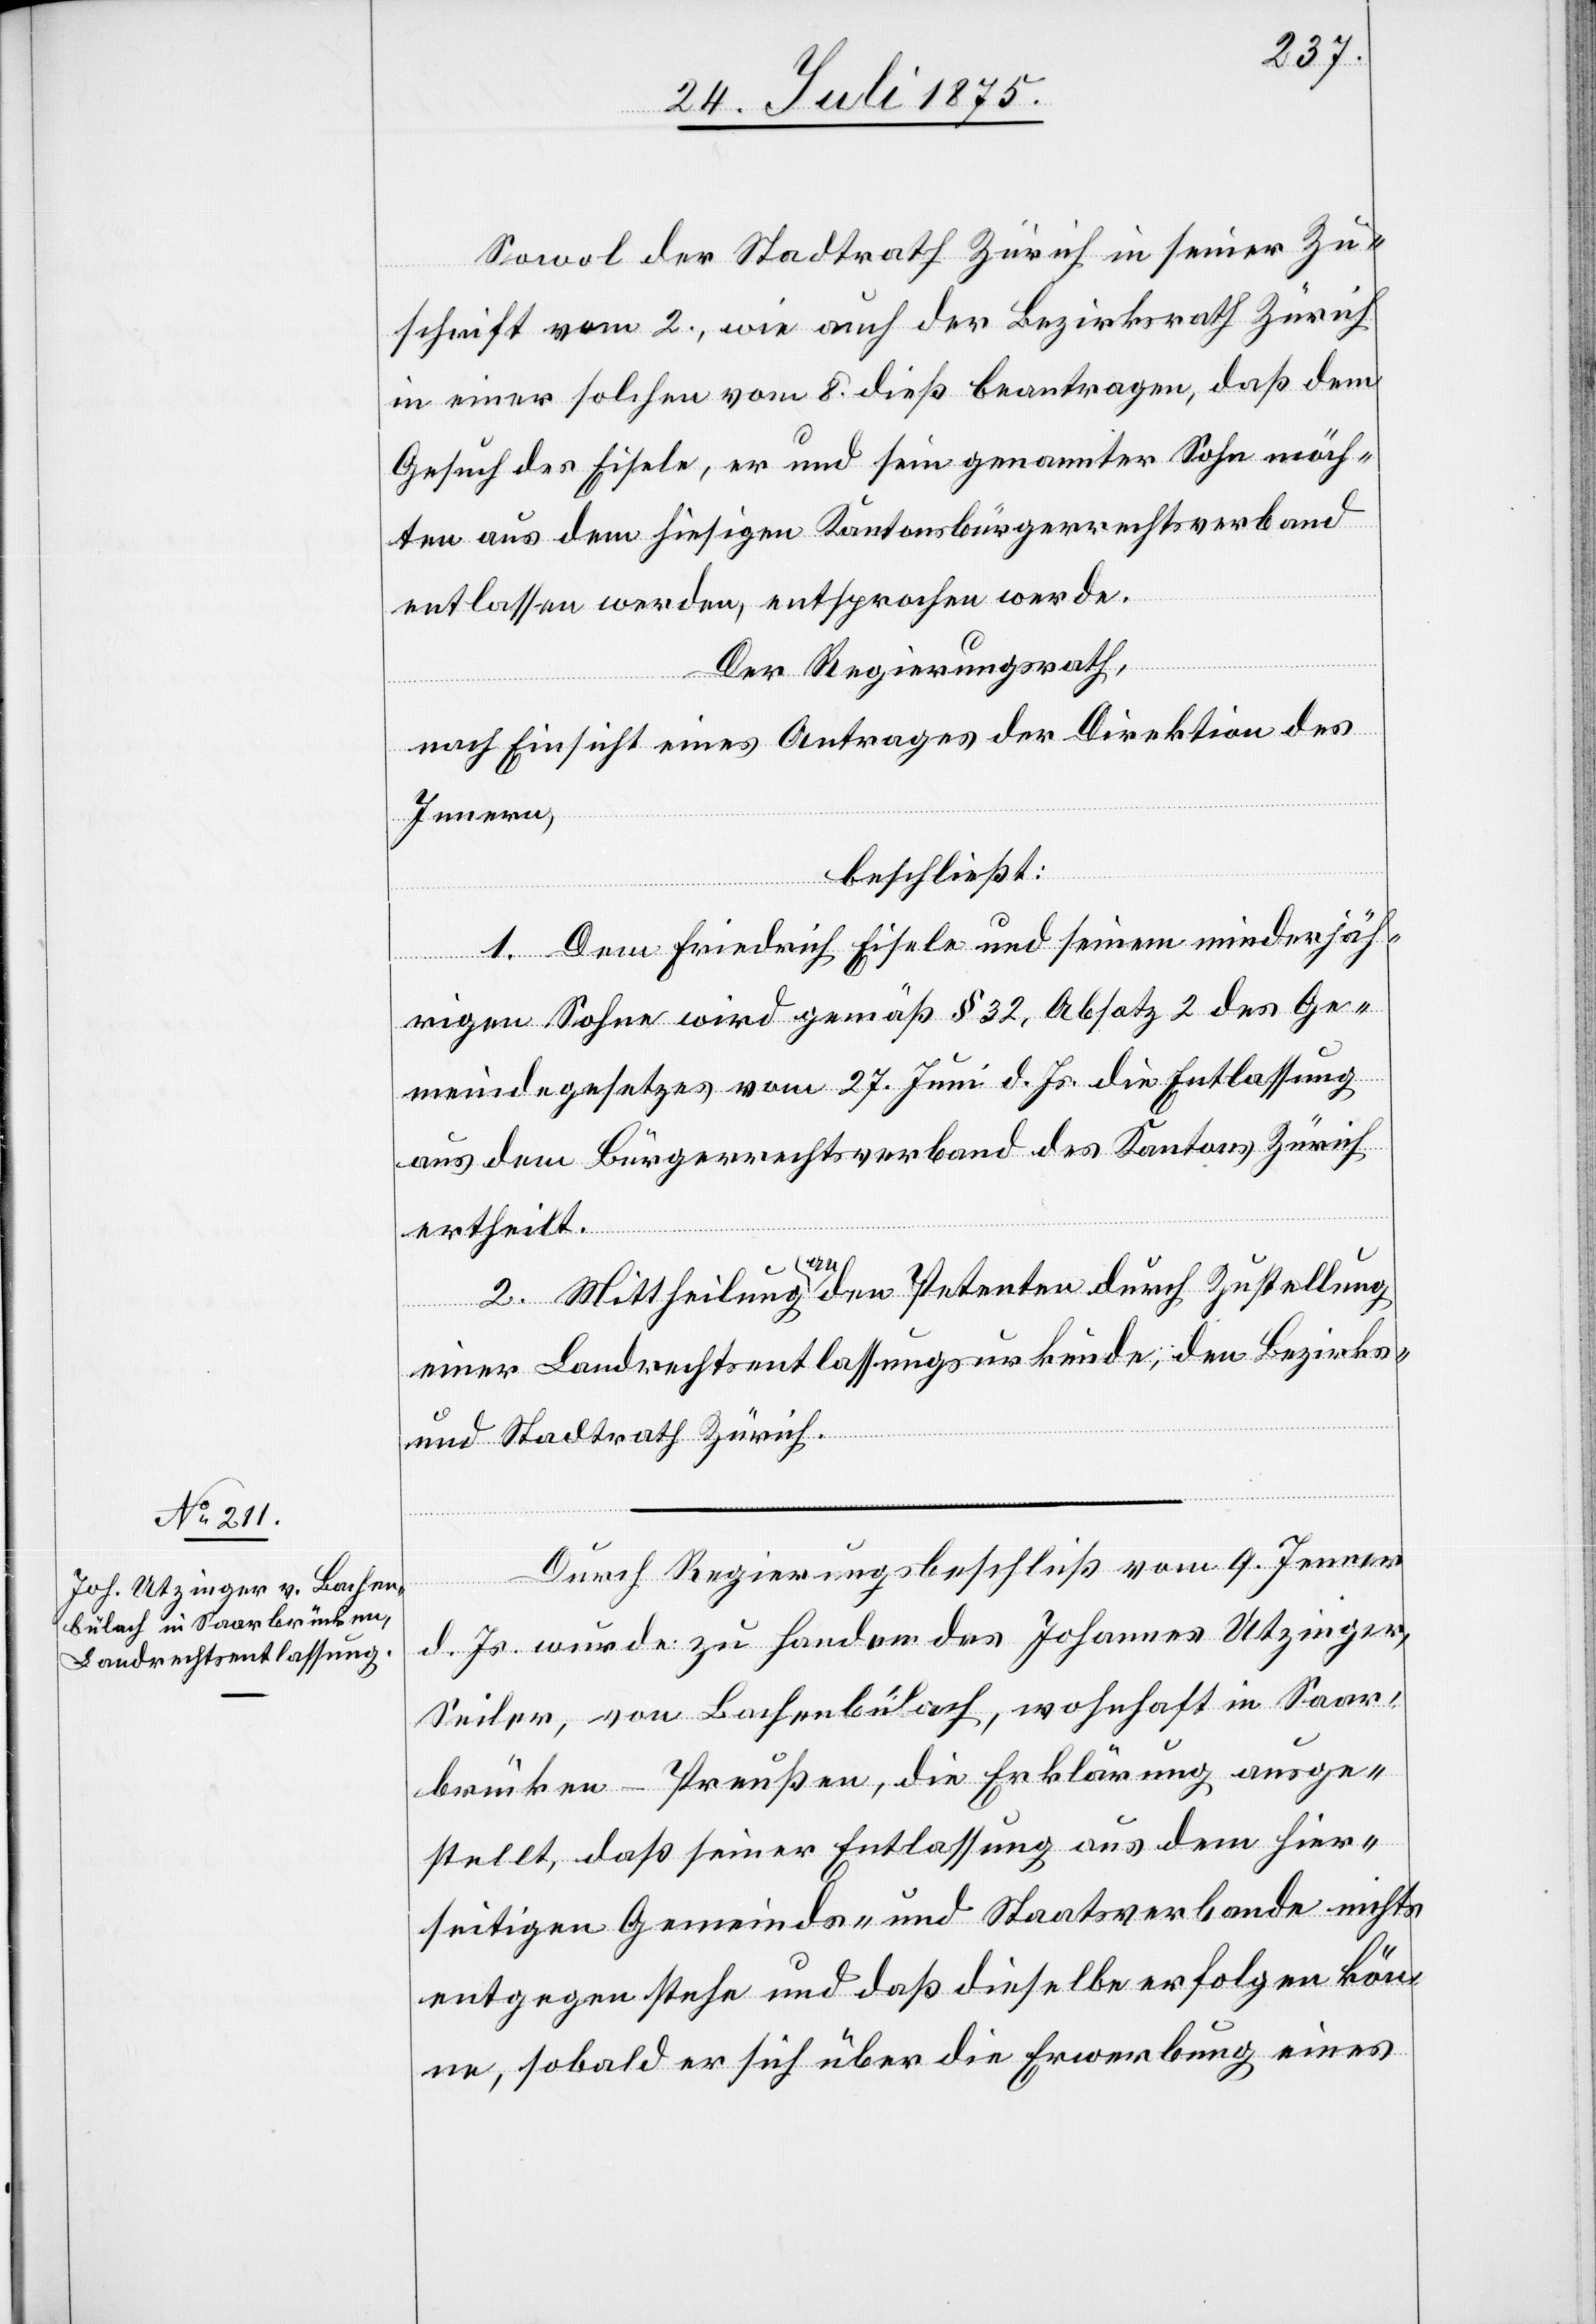
Sowol der Stadtrath Zürich in seiner Zu¬
schrift vom 2., wie auch der Bezirksrath Zürich
in einer solchen vom 8. dieß beantragen, daß dem
Gesuch des Eisele, er und sein genannter Sohn möch¬
ten aus dem hiesigen kantonsbürgerrechtsverband
entlassen werden, entsprochen werde.
Der Regierungsrath,
nach Einsicht eines Antrages der Direktion des
Innern,
beschließt:
1. Dem Friedrich Eisele und seinem minderjäh¬
des Kantons
rigen Sohne wird gemäß § 32, Absatz 2 des Ge¬
meindegesetzes vom 27. Juni d. Js. die Entlassung
ertheilt.
2. Mittheilung an den Petenten durch Zustellung
einer Landrechtsentlassungsurkunde, den Bezirks-
und Stadtrath Zürich.
Durch Regierungsrathsbeschluß vom 9. Jenner
d. Js. wurde zu Handen des Johannes Utzinger,
Seiler, von Bachenbülach, wohnhaft in Saar¬
brücken - Preußen, die Erklärung ausge¬
stellt, daß seiner Entlassung aus dem hier¬
seitigen Gemeinds- und Staatsverbande nichts
entgegen stehe und daß dieselbe erfolgen kön¬
ne sobald er sich über die Erwerbung eines